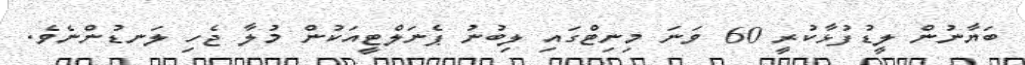
ބަޔާނުން ލީޑުފުޅާކުރީ 60 ވަނަ މިނިޓްގައި ލިބުނު ޕެނަލްޓީއަކުން މުލާ ޖެހި ލަނޑުންނެވެ.